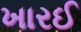
ખારઈ